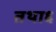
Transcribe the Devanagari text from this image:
तथा६